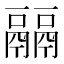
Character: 𩱇